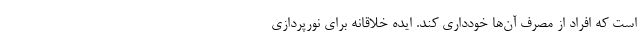
است که افراد از مصرف آن‌ها خودداری کند. ایده خلاقانه برای نورپردازی